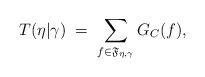
LaTeX: \begin{align*}T(\eta |\gamma)\;=\;\sum_{f\in\mathfrak{F}_{\eta,\gamma}} G_C(f),\end{align*}